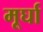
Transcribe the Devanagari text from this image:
मूर्घा